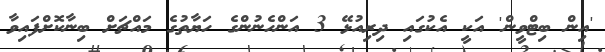
'އިން ބިޓްވީން' އަކީ އެކުގައި ދިރިއުޅޭ 3 އަންހެނުންގެ ހަޔާތުގެ މައްޗަށް ބިނާކޮށްފައިވާ